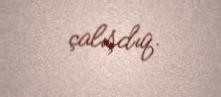
çalışdıq.